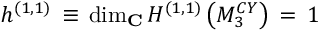
h ^ { ( 1 , 1 ) } \, \equiv \, \mathrm { d i m } _ { \bf C } \, H ^ { ( 1 , 1 ) } \left( M _ { 3 } ^ { C Y } \right) \, = \, 1